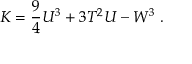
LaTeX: K = \frac { 9 } { 4 } U ^ { 3 } + 3 T ^ { 2 } U - W ^ { 3 } \; .